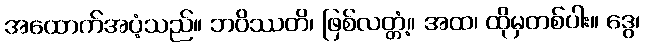
အထောက်အပံ့သည်။ ဘဝိဿတိ၊ ဖြစ်လတ္တံ့။ အထ၊ ထိုမှတစ်ပါး။ ဒွေ၊